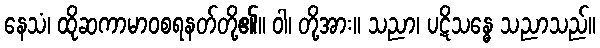
နေသံ၊ ထိုဆကာမာဝစရနတ်တို့၏။ ဝါ၊ တို့အား။ သညာ၊ ပဋိသန္ဓေ သညာသည်။